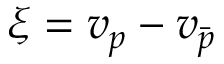
\begin{array} { r } { \xi = v _ { p } - v _ { \bar { p } } } \end{array}